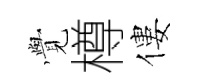
𮗜樽僂